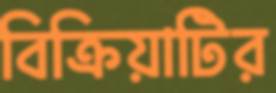
বিক্রিয়াটির